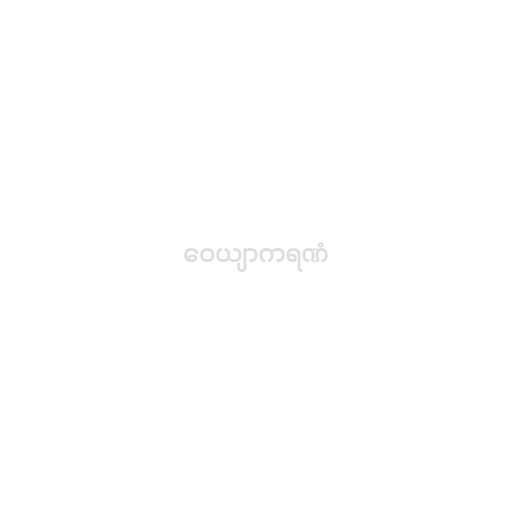
ဝေယျာကရဏံ